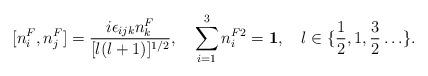
LaTeX: \begin{align*}[n_i^F, n_j^F] = \frac{i \epsilon_{ijk} n_k^F}{[l(l+1)]^{1/2}}, \quad \sum_{i=1}^3 n_i^{F2} = {\bf 1}, \quad l \in\{\frac{1}{2}, 1, \frac{3}{2} \ldots \}.\end{align*}